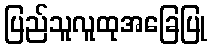
ပြည်သူလူထုအခြေပြု